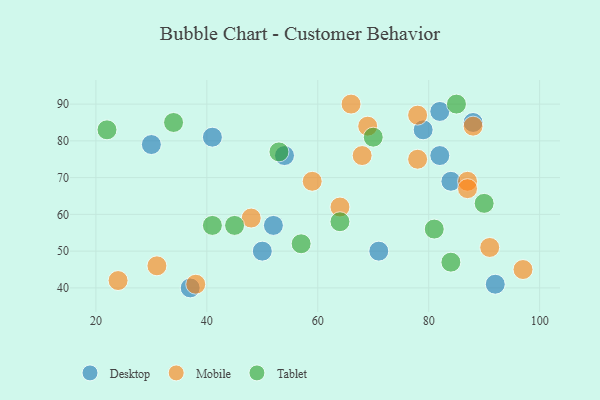
{"axis": {"x": "GDP", "y": "Life Expectancy"}, "legend": ["Desktop", "Mobile", "Tablet"], "data": [{"x": "79", "y": 83, "type": "Desktop"}, {"x": "54", "y": 76, "type": "Desktop"}, {"x": "52", "y": 57, "type": "Desktop"}, {"x": "82", "y": 88, "type": "Desktop"}, {"x": "92", "y": 41, "type": "Desktop"}, {"x": "50", "y": 50, "type": "Desktop"}, {"x": "30", "y": 79, "type": "Desktop"}, {"x": "71", "y": 50, "type": "Desktop"}, {"x": "88", "y": 85, "type": "Desktop"}, {"x": "82", "y": 76, "type": "Desktop"}, {"x": "84", "y": 69, "type": "Desktop"}, {"x": "41", "y": 81, "type": "Desktop"}, {"x": "37", "y": 40, "type": "Desktop"}, {"x": "64", "y": 62, "type": "Mobile"}, {"x": "88", "y": 84, "type": "Mobile"}, {"x": "91", "y": 51, "type": "Mobile"}, {"x": "59", "y": 69, "type": "Mobile"}, {"x": "24", "y": 42, "type": "Mobile"}, {"x": "87", "y": 69, "type": "Mobile"}, {"x": "48", "y": 59, "type": "Mobile"}, {"x": "87", "y": 67, "type": "Mobile"}, {"x": "78", "y": 75, "type": "Mobile"}, {"x": "69", "y": 84, "type": "Mobile"}, {"x": "66", "y": 90, "type": "Mobile"}, {"x": "97", "y": 45, "type": "Mobile"}, {"x": "38", "y": 41, "type": "Mobile"}, {"x": "78", "y": 87, "type": "Mobile"}, {"x": "31", "y": 46, "type": "Mobile"}, {"x": "68", "y": 76, "type": "Mobile"}, {"x": "84", "y": 47, "type": "Tablet"}, {"x": "45", "y": 57, "type": "Tablet"}, {"x": "64", "y": 58, "type": "Tablet"}, {"x": "90", "y": 63, "type": "Tablet"}, {"x": "22", "y": 83, "type": "Tablet"}, {"x": "70", "y": 81, "type": "Tablet"}, {"x": "85", "y": 90, "type": "Tablet"}, {"x": "41", "y": 57, "type": "Tablet"}, {"x": "57", "y": 52, "type": "Tablet"}, {"x": "81", "y": 56, "type": "Tablet"}, {"x": "34", "y": 85, "type": "Tablet"}, {"x": "53", "y": 77, "type": "Tablet"}]}